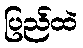
ပြည်ထဲ